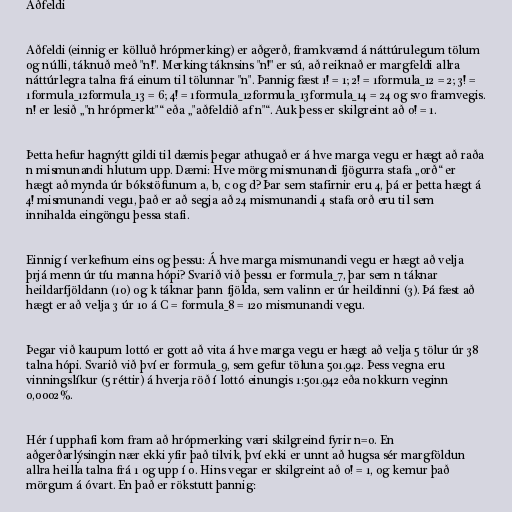
Aðfeldi

Aðfeldi (einnig er kölluð hrópmerking) er aðgerð, framkvæmd á náttúrulegum tölum
og núlli, táknuð með "n!". Merking táknsins "n!" er sú, að reiknað er margfeldi allra
náttúrlegra talna frá einum til tölunnar "n". Þannig fæst 1! = 1; 2! = 1formula_12 = 2; 3! =
1formula_12formula_13 = 6; 4! = 1formula_12formula_13formula_14 = 24 og svo framvegis.
n! er lesið „"n hrópmerkt"“ eða „"aðfeldið af n"“. Auk þess er skilgreint að 0! = 1.

Þetta hefur hagnýtt gildi til dæmis þegar athugað er á hve marga vegu er hægt að raða
n mismunandi hlutum upp. Dæmi: Hve mörg mismunandi fjögurra stafa „orð“ er
hægt að mynda úr bókstöfunum a, b, c og d? Þar sem stafirnir eru 4, þá er þetta hægt á
4! mismunandi vegu, það er að segja að 24 mismunandi 4 stafa orð eru til sem
innihalda eingöngu þessa stafi.

Einnig í verkefnum eins og þessu: Á hve marga mismunandi vegu er hægt að velja
þrjá menn úr tíu manna hópi? Svarið við þessu er formula_7, þar sem n táknar
heildarfjöldann (10) og k táknar þann fjölda, sem valinn er úr heildinni (3). Þá fæst að
hægt er að velja 3 úr 10 á C = formula_8 = 120 mismunandi vegu.

Þegar við kaupum lottó er gott að vita á hve marga vegu er hægt að velja 5 tölur úr 38
talna hópi. Svarið við því er formula_9, sem gefur töluna 501.942. Þess vegna eru
vinningslíkur (5 réttir) á hverja röð í lottó einungis 1:501.942 eða nokkurn veginn
0,0002%.

Hér í upphafi kom fram að hrópmerking væri skilgreind fyrir n=0. En
aðgerðarlýsingin nær ekki yfir það tilvik, því ekki er unnt að hugsa sér margföldun
allra heilla talna frá 1 og upp í 0. Hins vegar er skilgreint að 0! = 1, og kemur það
mörgum á óvart. En það er rökstutt þannig: